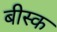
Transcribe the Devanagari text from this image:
बीस्क